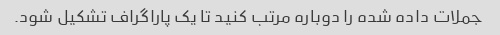
جملات داده شده را دوباره مرتب کنید تا یک پاراگراف تشکیل شود.